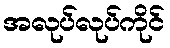
အလုပ်လုပ်ကိုင်